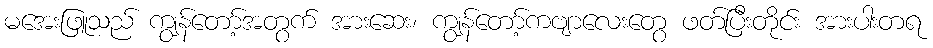
မအေးဖြူသည် ကျွန်တော့်အတွက် အားဆေး၊ ကျွန်တော့်ကဗျာလေးတွေ ဖတ်ပြီးတိုင်း အားပါးတရ